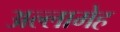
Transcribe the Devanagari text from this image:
अल्लामेह